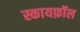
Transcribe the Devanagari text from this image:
स्कायफ़ॉल